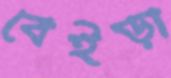
বেইড়া